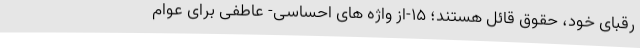
رُقبای خود، حقوق قائل هستند؛ 15-از واژه ­های احساسی- عاطفی برای عوام